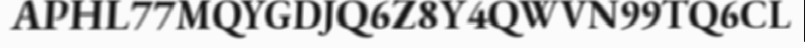
APHL77MQYGDJQ6Z8Y4QWVN99TQ6CL